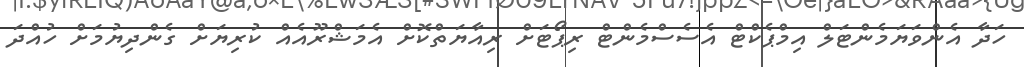
ހަދާ އެންވަޔަމެންޓަލް އިމްޕެކްޓް އެސެސްމެންޓް ރިޕޯޓަށް ރިއާޔަތްކޮށް އެމަޝްރޫއެއް ކުރިޔަށް ގެންދިޔުމަށް ހުއްދަ